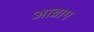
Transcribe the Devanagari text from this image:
आब्राम